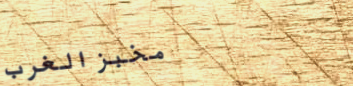
مخبز الغرب